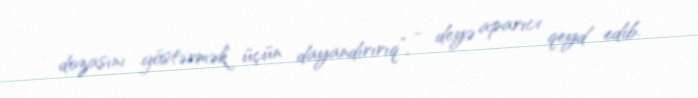
dozasını göstərmək üçün dayandırırıq”, - deyə aparıcı qeyd edib.